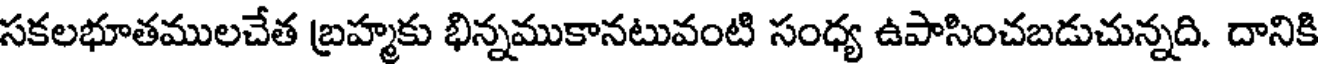
సకలభూతములచేత బ్రహ్మకు భిన్నముకానటువంటి సంధ్య ఉపాసించబడుచున్నది. దానికి